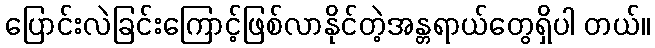
ပြောင်းလဲခြင်းကြောင့်ဖြစ်လာနိုင်တဲ့အန္တရာယ်တွေရှိပါ တယ်။